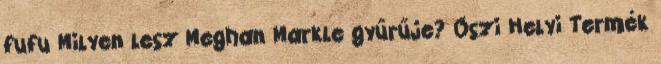
fufu Milyen lesz Meghan Markle gyűrűje? Őszi Helyi Termék